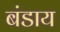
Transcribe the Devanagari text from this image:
बंडाय